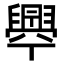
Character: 𦦞